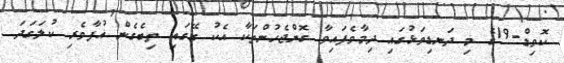
ކޮވިޑް-19ގެ މި ދަނޑިވަޅުގައި ދިމާވެފައިވާ ގޮންޖެހުންތަކާ އެކު ގޭގައި ތިބެގެން އުފާވެރި ކުލަގަދަ